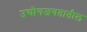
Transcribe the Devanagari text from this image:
उद्योगजगतातील